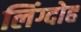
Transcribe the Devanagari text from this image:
लिंग्दोह